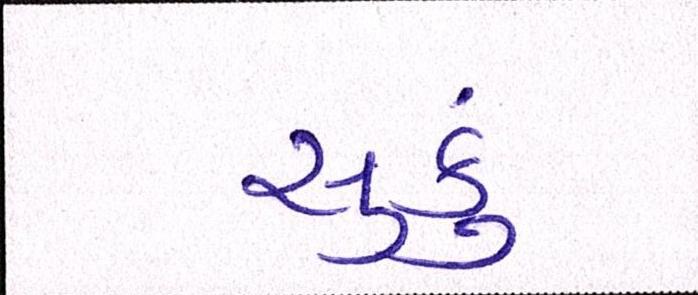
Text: સુકું